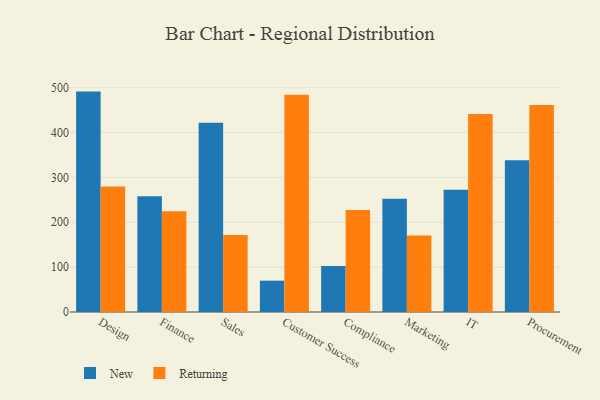
{"axis": {"x": "Department", "y": "Latency (ms)"}, "legend": ["New", "Returning"], "data": [{"x": "Design", "y": 491.1, "type": "New"}, {"x": "Design", "y": 279.5, "type": "Returning"}, {"x": "Finance", "y": 257.7, "type": "New"}, {"x": "Finance", "y": 224.4, "type": "Returning"}, {"x": "Sales", "y": 421.7, "type": "New"}, {"x": "Sales", "y": 171.3, "type": "Returning"}, {"x": "Customer Success", "y": 69.8, "type": "New"}, {"x": "Customer Success", "y": 484.1, "type": "Returning"}, {"x": "Compliance", "y": 102.7, "type": "New"}, {"x": "Compliance", "y": 227.4, "type": "Returning"}, {"x": "Marketing", "y": 252.3, "type": "New"}, {"x": "Marketing", "y": 170.5, "type": "Returning"}, {"x": "IT", "y": 272.6, "type": "New"}, {"x": "IT", "y": 441.0, "type": "Returning"}, {"x": "Procurement", "y": 338.0, "type": "New"}, {"x": "Procurement", "y": 461.3, "type": "Returning"}]}